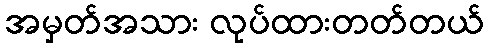
အမှတ်အသား လုပ်ထားတတ်တယ်